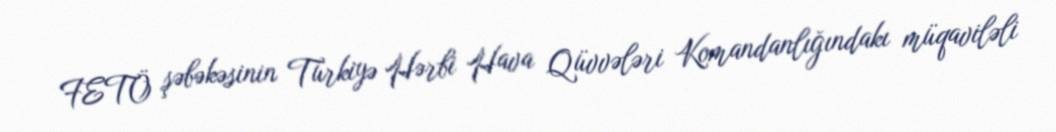
FETÖ şəbəkəsinin Türkiyə Hərbi Hava Qüvvələri Komandanlığındakı müqaviləli